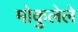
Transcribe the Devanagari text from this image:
मोकुलेले